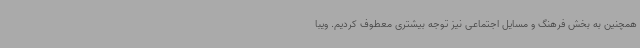
همچنین به بخش فرهنگ و مسایل اجتماعی نیز توجه بیشتری معطوف کردیم. ویبا